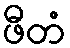
ဖီတံ